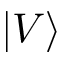
| V \rangle